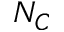
N _ { C }